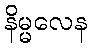
နိမ္မလေန